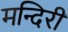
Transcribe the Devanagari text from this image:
मन्दिरी